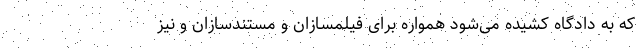
که به دادگاه کشیده می‌شود همواره برای فیلمسازان و مستندسازان و نیز